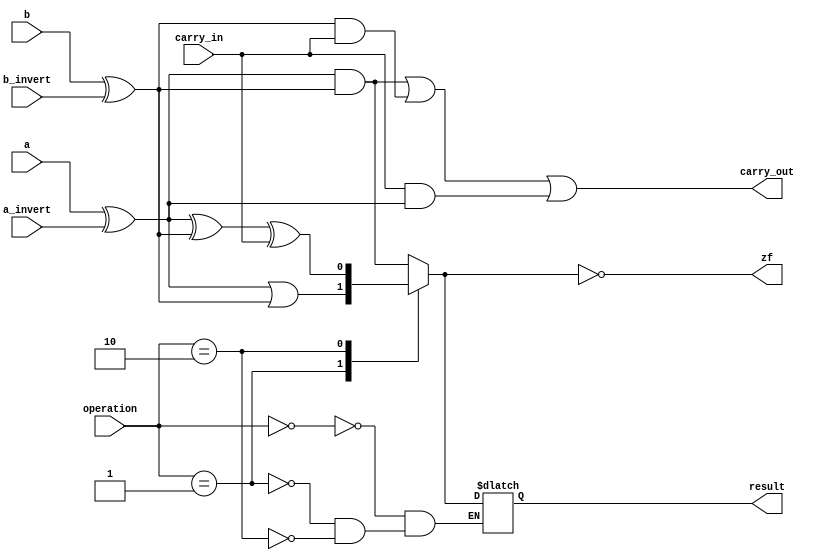
// Assignment by Narayan G 17CO225 and Dhanasekhar M 17CO214
// Date - 25-10-2018
// One bit ALU


module one_bit_alu (a,b,a_invert,b_invert,operation,result,carry_in,zf,carry_out) ;

	input a,b,a_invert,b_invert,carry_in;
	input [1:0] operation;
	output result,zf,carry_out;

	reg result, zf, sum, and_, or_, b_out, a_out, carry_out, less_o;

	always @(a,b,a_invert,b_invert,operation,carry_in) begin

		a_out = a ^ a_invert;																	//a_out represents the final output of a after inversion
		b_out = b ^ b_invert;																	//b_out represents the final output of b after inversion
	
		sum = (a_out ^ b_out) ^ (carry_in) ;													//All outputs are stored in variables
		and_ = a_out & b_out;
		or_ = a_out | b_out;

		case(operation)
			2'b00 : result = and_;																//Suitable output is chosen
			2'b01 : result = or_;
			2'b10 : result = sum;
		endcase
		carry_out = (a_out & b_out) | (b_out & carry_in) | (carry_in & a_out);
		zf = ~result ;
	end


endmodule